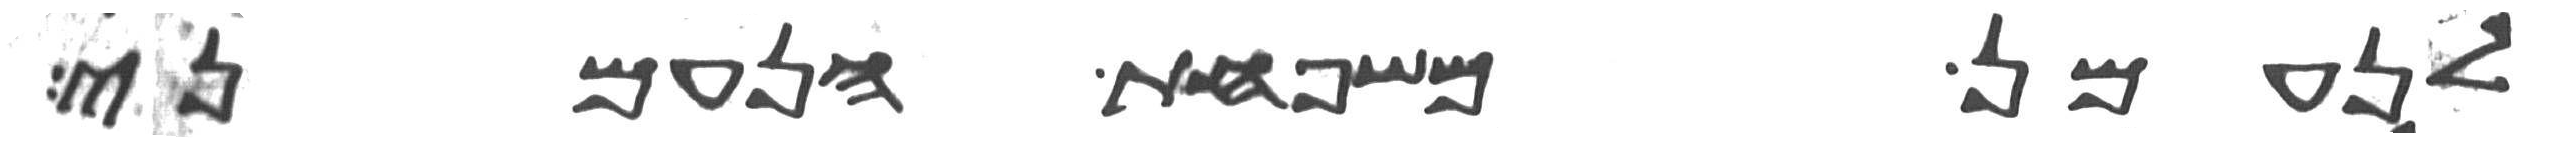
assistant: לנעמן משפחת הנעמני